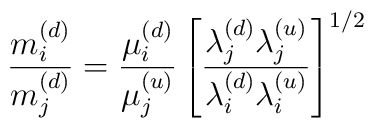
{m^{(d)}_{i}\over m^{(d)}_{j}}={\mu^{(d)}_{i}\over\mu^{(u)}_{j}}\left[{{\lambda_{j}^{(d)}\lambda_{j}^{(u)}}\over{\lambda_{i}^{(d)}\lambda_{i}^{(u)}}}\right]^{1/2}